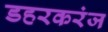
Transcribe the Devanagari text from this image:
डहरकरंज